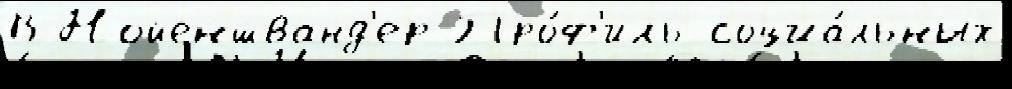
В Нойеншванд'ер Про́ф'иль социа́льных